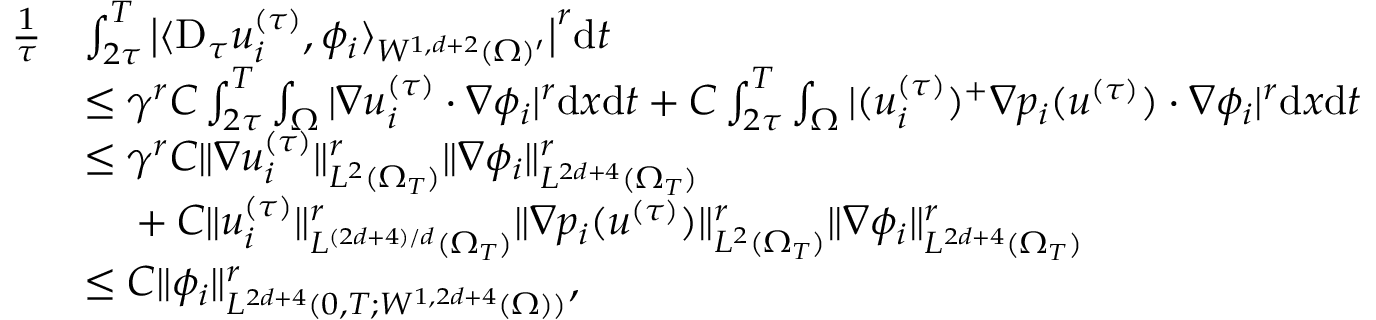
\begin{array} { r l } { \frac { 1 } { \tau } } & { \int _ { 2 \tau } ^ { T } \big | \langle \mathrm { D } _ { \tau } u _ { i } ^ { ( \tau ) } , \phi _ { i } \rangle _ { W ^ { 1 , d + 2 } ( \Omega ) ^ { \prime } } \big | ^ { r } \mathrm { d } t } \\ & { \le \gamma ^ { r } C \int _ { 2 \tau } ^ { T } \int _ { \Omega } | \nabla u _ { i } ^ { ( \tau ) } \cdot \nabla \phi _ { i } | ^ { r } \mathrm { d } x \mathrm { d } t + C \int _ { 2 \tau } ^ { T } \int _ { \Omega } | ( u _ { i } ^ { ( \tau ) } ) ^ { + } \nabla p _ { i } ( u ^ { ( \tau ) } ) \cdot \nabla \phi _ { i } | ^ { r } \mathrm { d } x \mathrm { d } t } \\ & { \le \gamma ^ { r } C \| \nabla u _ { i } ^ { ( \tau ) } \| _ { L ^ { 2 } ( \Omega _ { T } ) } ^ { r } \| \nabla \phi _ { i } \| _ { L ^ { 2 d + 4 } ( \Omega _ { T } ) } ^ { r } } \\ & { \phantom { x x } + C \| u _ { i } ^ { ( \tau ) } \| _ { L ^ { ( 2 d + 4 ) / d } ( \Omega _ { T } ) } ^ { r } \| \nabla p _ { i } ( u ^ { ( \tau ) } ) \| _ { L ^ { 2 } ( \Omega _ { T } ) } ^ { r } \| \nabla \phi _ { i } \| _ { L ^ { 2 d + 4 } ( \Omega _ { T } ) } ^ { r } } \\ & { \le C \| \phi _ { i } \| _ { L ^ { 2 d + 4 } ( 0 , T ; W ^ { 1 , 2 d + 4 } ( \Omega ) ) } ^ { r } , } \end{array}